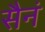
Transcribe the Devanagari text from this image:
सैनं